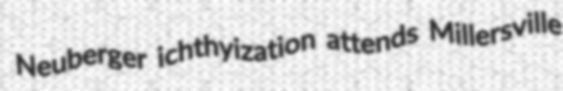
Neuberger ichthyization attends Millersville